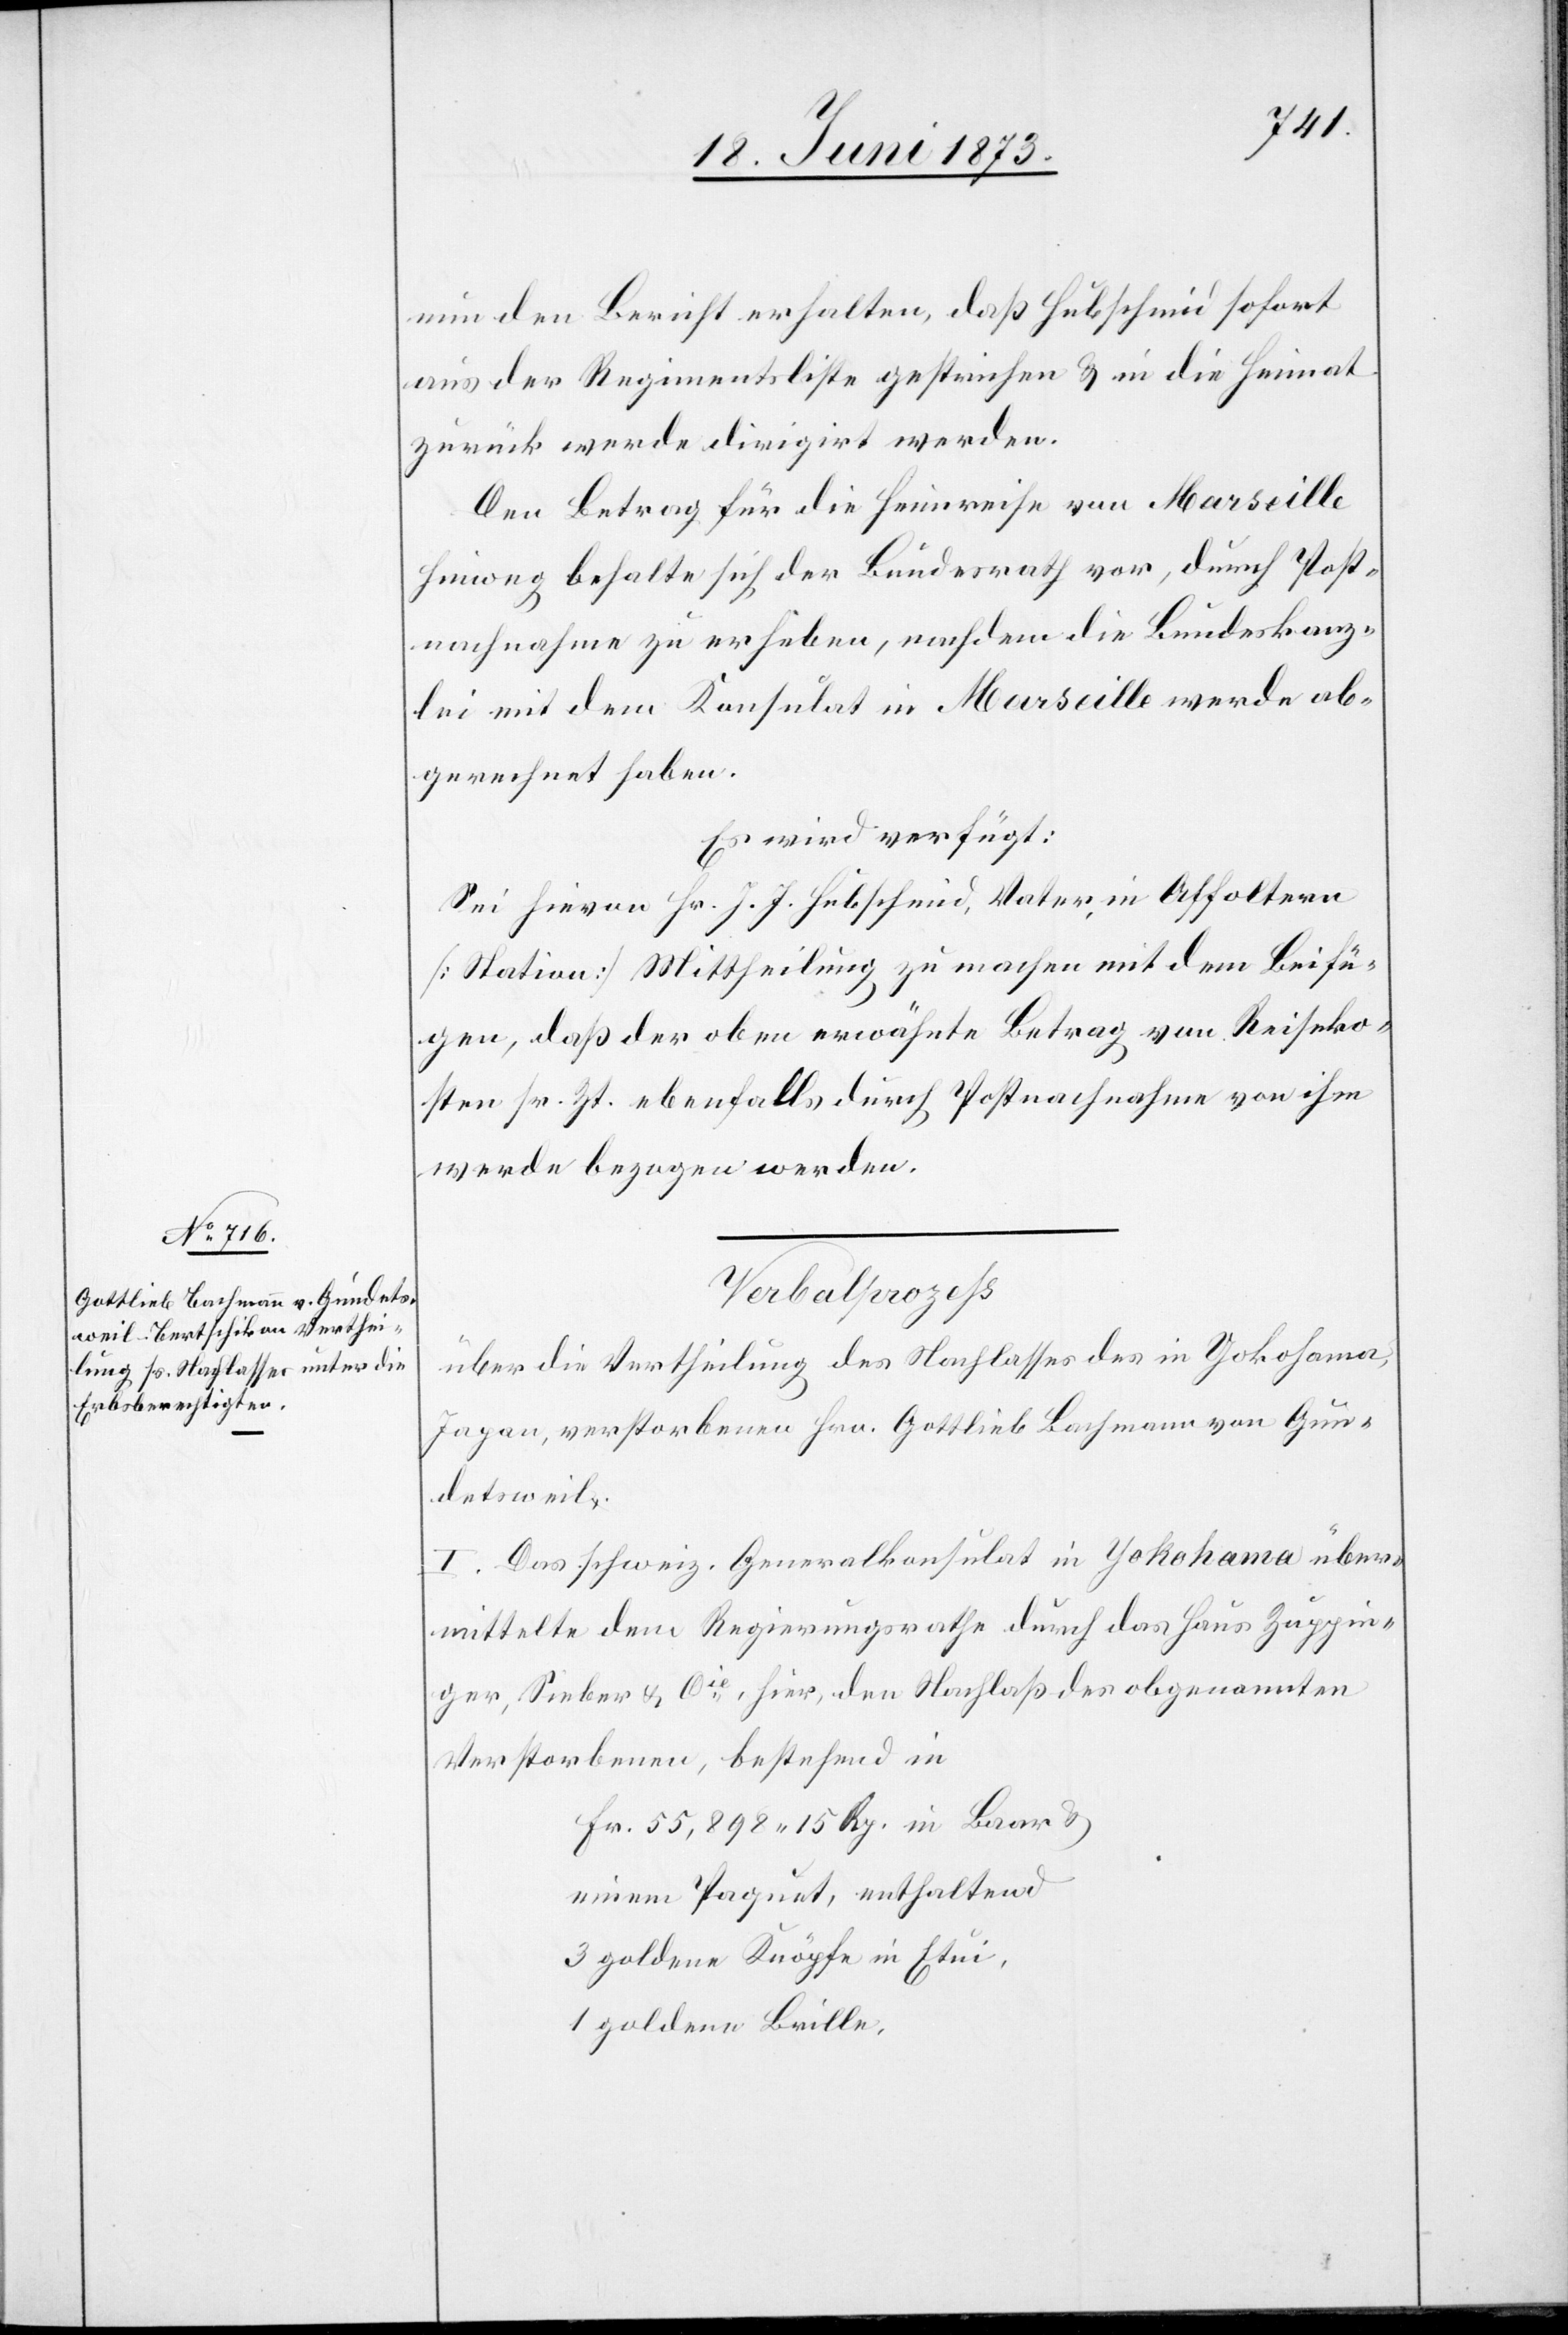
18. Juni 1873.]
nun den Bericht erhalten, daß Hubschmid sofort
aus der Regimentsliste gestrichen & in die Heimat
zurück werde dirigirt werden.
Den Betrag für die Heimreise von Marseille
hinweg behalte sich der Bundesrath vor, durch Post¬
nachnahme zu erheben, nachdem die Bundeskanz¬
lei mit dem Konsulat in Marseille werde ab¬
gerechnet haben.
Es wird verfügt:
Sei hievon Hr. J. J. Hubschmid, Vater, in Affoltern
[Station] Mittheilung zu machen mit dem Beifü¬
gen, daß der oben erwähnte Betrag von Reiseko¬
sten sr. Zt. ebenfalls durch Postnachnahme von ihm
werde bezogen werden.
Verbalprozess
über die Vertheilung des Nachlasses des in Yokohama,
Japan, verstorbenen Hrn. Gottlieb Bachmann von Gun¬
detsweil.
I. Das schweiz. Generalkonsulat in Yokohama über¬
mittelte dem Regierungsrathe durch das Haus Zuppin¬
ger, Sieber & Cie, hier, den Nachlaß des obgenannten
Verstorbenen, bestehend in
Fr. 55,898 15 Rp. in Baar &
einem Paquet, enthaltend
3 goldene Knöpfe in Etui,
1 goldene Brille,